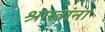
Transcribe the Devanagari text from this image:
श्रास्त्रांना